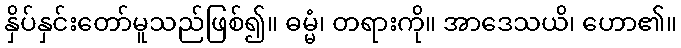
နှိပ်နှင်းတော်မူသည်ဖြစ်၍။ ဓမ္မံ၊ တရားကို။ အာဒေသယိ၊ ဟော၏။